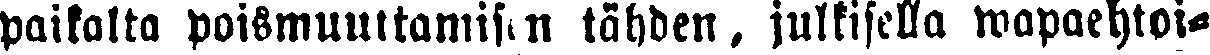
paikalta poismuuttamisen tähden, julkisella wapaehtoi-